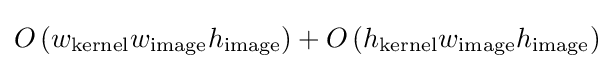
O\left(w_{\text{kernel}}w_{\text}h_{\text}\right)+O\left(h_{\text{kernel}}w_{\text}h_{\text}\right)